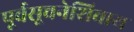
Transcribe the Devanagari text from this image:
पूर्वसूचनेशिवाय